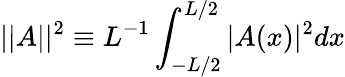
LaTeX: ||A||^{2}\equiv L^{-1}\int_{-L/2}^{L/2}|A(x)|^{2}dx